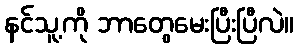
နင်သူ့ကို ဘာတွေမေးပြီးပြီလဲ။